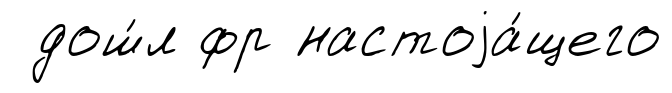
дош́л фр настоjа́щего